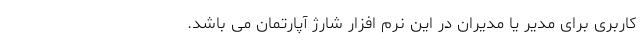
کاربری برای مدیر یا مدیران در این نرم افزار شارژ آپارتمان می باشد.